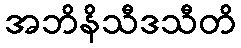
အဘိနိသီဒသီတိ